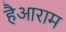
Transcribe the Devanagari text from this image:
हैआराम